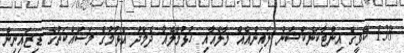
138 ކޭވީގެ އިންޓާކަނެކްޝަން ލައިންއެއް މާލެއާއި ހުޅުމާލެއާ ދެމެދު އެޅުމުގެ މަސައްކަތުގެ ޑިޒައިނިން